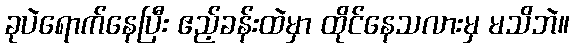
ခုပဲရောက်နေပြီး ဧည့်ခန်းထဲမှာ ထိုင်နေသလားမှ မသိဘဲ။